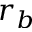
r _ { b }